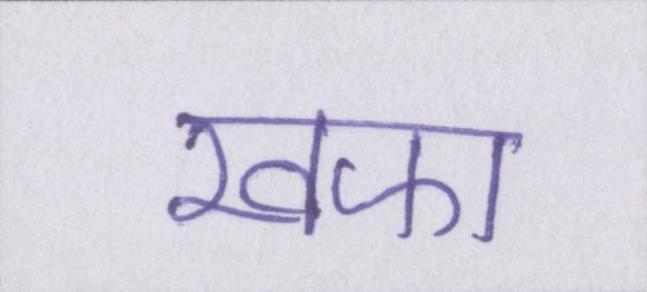
खफा